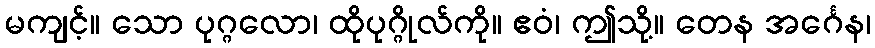
မကျင့်။ သော ပုဂ္ဂလော၊ ထိုပုဂ္ဂိုလ်ကို။ ဧဝံ၊ ဤသို့။ တေန အင်္ဂေန၊